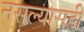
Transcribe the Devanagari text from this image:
नसल्यासही